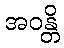
အဝန္တိ